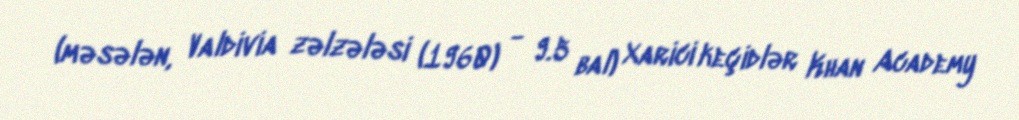
(məsələn, Valdivia zəlzələsi (1960) - 9.5 bal) Xarici keçidlər Khan Academy